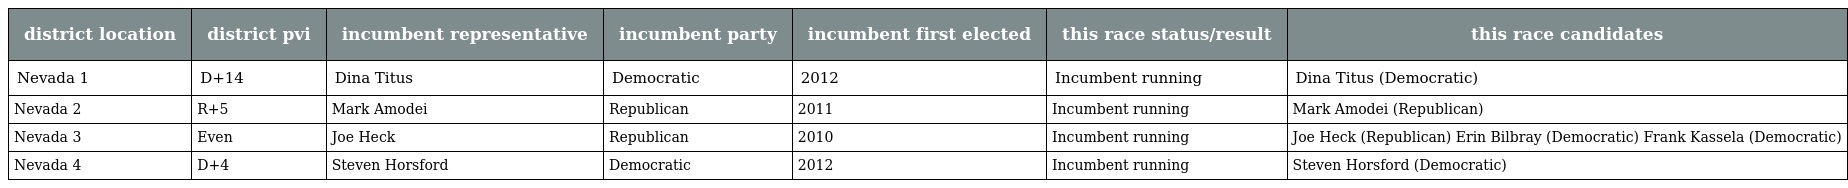
| district location | district pvi | incumbent representative | incumbent party | incumbent first elected | this race status/result | this race candidates |
 | --- | --- | --- | --- | --- | --- | --- |
 | Nevada 1 | D+14 | Dina Titus | Democratic | 2012 | Incumbent running | Dina Titus (Democratic) |
 | Nevada 2 | R+5 | Mark Amodei | Republican | 2011 | Incumbent running | Mark Amodei (Republican) |
 | Nevada 3 | Even | Joe Heck | Republican | 2010 | Incumbent running | Joe Heck (Republican) Erin Bilbray (Democratic) Frank Kassela (Democratic) |
 | Nevada 4 | D+4 | Steven Horsford | Democratic | 2012 | Incumbent running | Steven Horsford (Democratic) |